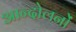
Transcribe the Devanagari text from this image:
आन्दोलनोंं